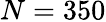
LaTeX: N=350